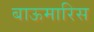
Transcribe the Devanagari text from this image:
बाऊमारिस